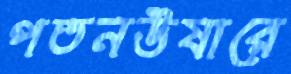
পতনউষারে